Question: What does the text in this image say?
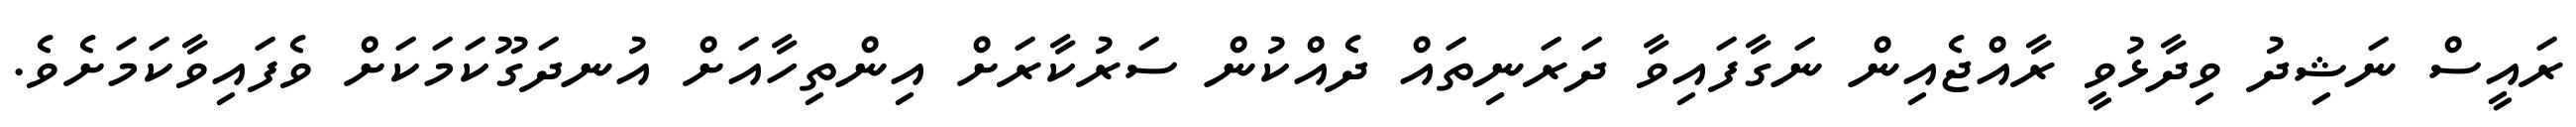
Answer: ރައީސް ނަޝިދު ވިދާޅުވީ ރާއްޖެއިން ނަގާފައިވާ ދަރަނިތައް ދެއްކުން ސަރުކާރަށް އިންތިހާއަށް އުނދަގޫކަމަކަށް ވެފައިވާކަމަށެވެ.